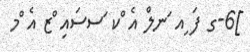
]6-ގ ފަ ިއ ަނލް އެ ްކ ަސސައި ްޒ އެ ްމ